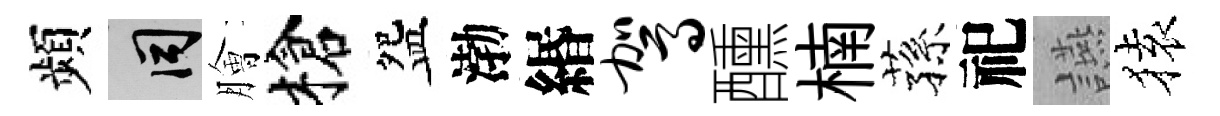
頻间膾槍盌渤緡驾醺楠蓀祀讌𫞤